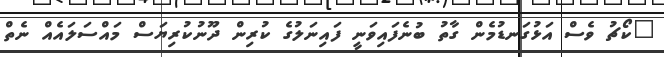
"ކޯޗު ވެސް އަޅުގަނޑުމެން ގާތު ބުނެފައިވަނީ ފައިނަލުގެ ކުރިން ދޫނުކުރިޔަސް މައްސަަލައެއް ނެތް